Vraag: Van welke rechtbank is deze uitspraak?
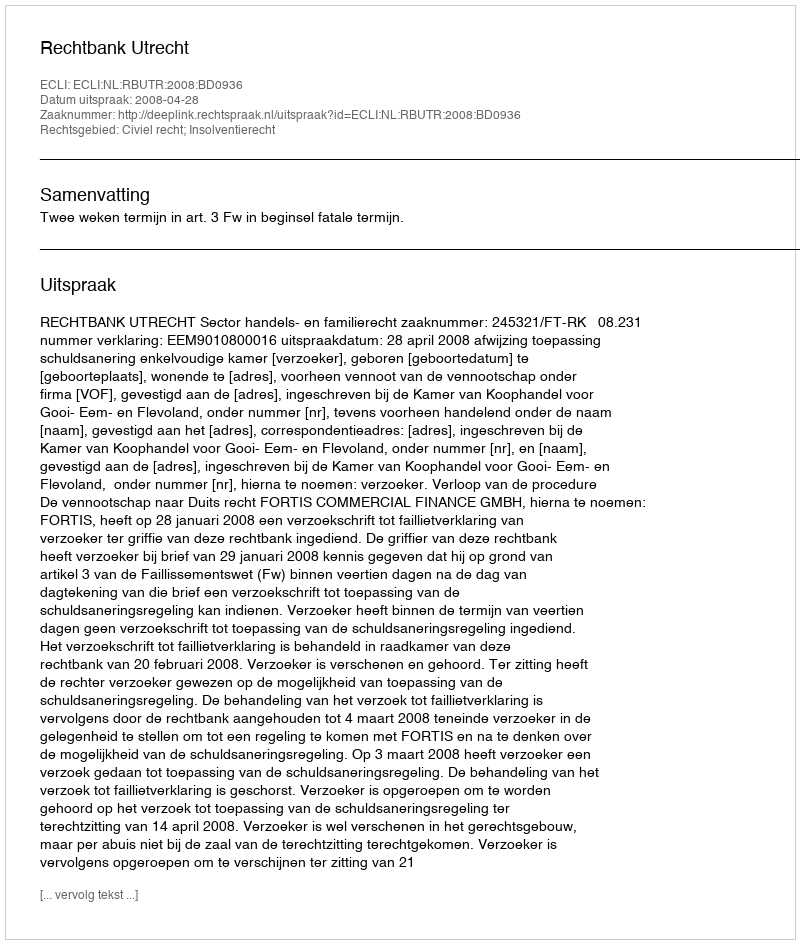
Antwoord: Rechtbank Utrecht